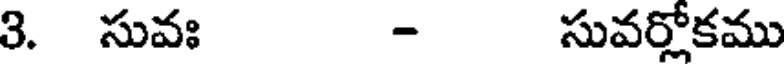
3. సువః - సువర్లోకము